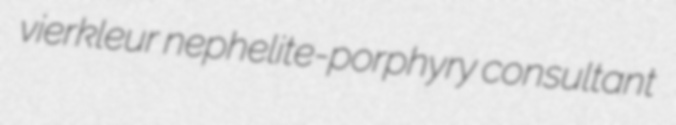
vierkleur nephelite-porphyry consultant